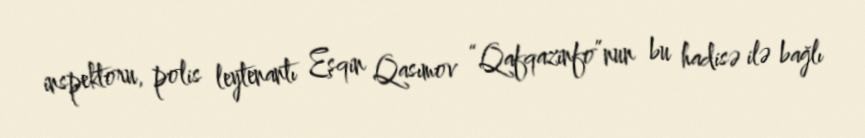
inspektoru, polis leytenantı Eşqin Qasımov “Qafqazinfo”nun bu hadisə ilə bağlı